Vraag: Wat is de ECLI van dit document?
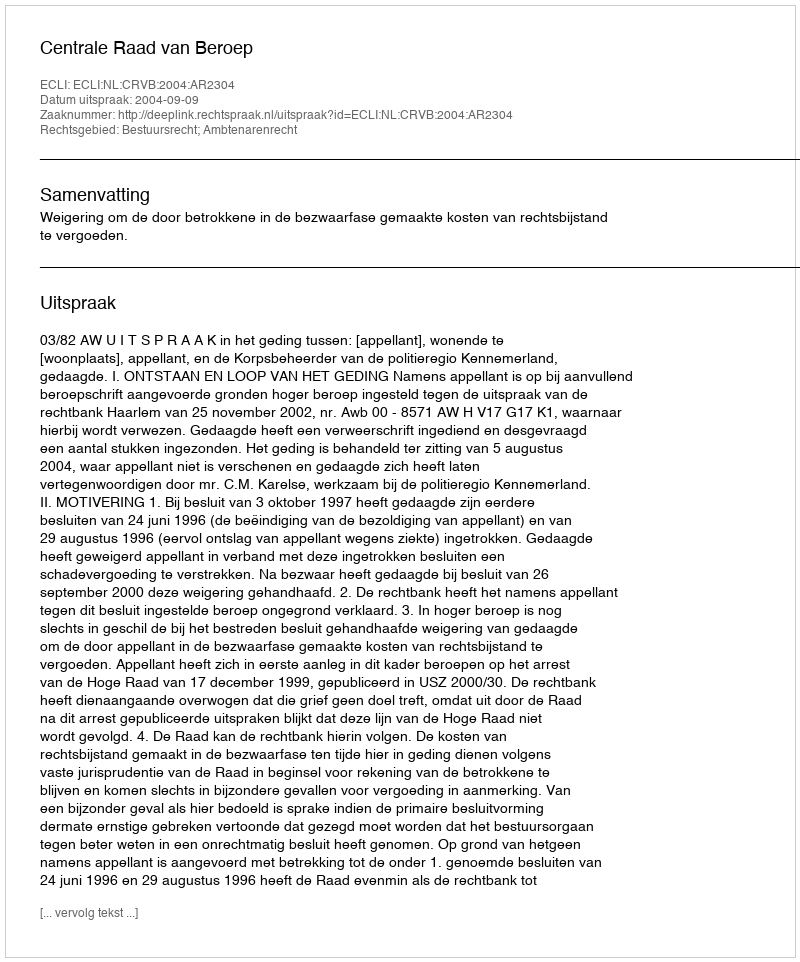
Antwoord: ECLI:NL:CRVB:2004:AR2304